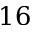
1 6